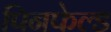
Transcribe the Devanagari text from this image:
पिनफेल्ड